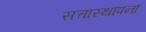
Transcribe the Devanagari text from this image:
सत्तास्थापना